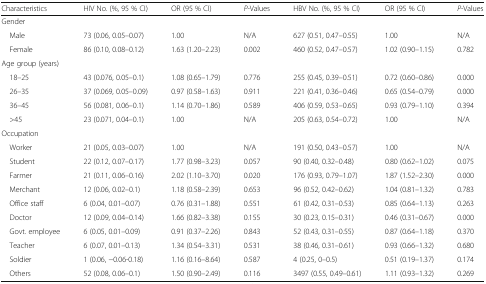
<table><thead><tr><td><b>Characteristics</b></td><td><b>HIV No. (%, 95 % CI)</b></td><td><b>OR (95 % CI)</b></td><td><b><i>P</i>-Values</b></td><td><b>HBV No. (%, 95 % CI)</b></td><td><b>OR (95 % CI)</b></td><td><b><i>P</i>-Values</b></td></tr></thead><tbody><tr><td colspan="7">Gender</td></tr><tr><td> Male</td><td>73 (0.06, 0.05–0.07)</td><td>1.00</td><td>N/A</td><td>627 (0.51, 0.47–0.55)</td><td>1.00</td><td>N/A</td></tr><tr><td> Female</td><td>86 (0.10, 0.08–0.12)</td><td>1.63 (1.20–2.23)</td><td>0.002</td><td>460 (0.52, 0.47–0.57)</td><td>1.02 (0.90–1.15)</td><td>0.782</td></tr><tr><td colspan="7">Age group (years)</td></tr><tr><td> 18–25</td><td>43 (0.076, 0.05–0.1)</td><td>1.08 (0.65–1.79)</td><td>0.776</td><td>255 (0.45, 0.39–0.51)</td><td>0.72 (0.60–0.86)</td><td>0.000</td></tr><tr><td> 26–35</td><td>37 (0.069, 0.05–0.09)</td><td>0.97 (0.58–1.63)</td><td>0.911</td><td>221 (0.41, 0.36–0.46)</td><td>0.65 (0.54–0.79)</td><td>0.000</td></tr><tr><td> 36–45</td><td>56 (0.081, 0.06–0.1)</td><td>1.14 (0.70–1.86)</td><td>0.589</td><td>406 (0.59, 0.53–0.65)</td><td>0.93 (0.79–1.10)</td><td>0.394</td></tr><tr><td> &gt;45</td><td>23 (0.071, 0.04–0.1)</td><td>1.00</td><td>N/A</td><td>205 (0.63, 0.54–0.72)</td><td>1.00</td><td>N/A</td></tr><tr><td colspan="7">Occupation</td></tr><tr><td> Worker</td><td>21 (0.05, 0.03–0.07)</td><td>1.00</td><td>N/A</td><td>191 (0.50, 0.43–0.57)</td><td>1.00</td><td>N/A</td></tr><tr><td> Student</td><td>22 (0.12, 0.07–0.17)</td><td>1.77 (0.98–3.23)</td><td>0.057</td><td>90 (0.40, 0.32–0.48)</td><td>0.80 (0.62–1.02)</td><td>0.075</td></tr><tr><td> Farmer</td><td>21 (0.11, 0.06–0.16)</td><td>2.02 (1.10–3.70)</td><td>0.020</td><td>176 (0.93, 0.79–1.07)</td><td>1.87 (1.52–2.30)</td><td>0.000</td></tr><tr><td> Merchant</td><td>12 (0.06, 0.02–0.1)</td><td>1.18 (0.58–2.39)</td><td>0.653</td><td>96 (0.52, 0.42–0.62)</td><td>1.04 (0.81–1.32)</td><td>0.783</td></tr><tr><td> Office staff</td><td>6 (0.04, 0.01–0.07)</td><td>0.76 (0.31–1.88)</td><td>0.551</td><td>61 (0.42, 0.31–0.53)</td><td>0.85 (0.64–1.13)</td><td>0.263</td></tr><tr><td> Doctor</td><td>12 (0.09, 0.04–0.14)</td><td>1.66 (0.82–3.38)</td><td>0.155</td><td>30 (0.23, 0.15–0.31)</td><td>0.46 (0.31–0.67)</td><td>0.000</td></tr><tr><td> Govt. employee</td><td>6 (0.05, 0.01–0.09)</td><td>0.91 (0.37–2.26)</td><td>0.843</td><td>52 (0.43, 0.31–0.55)</td><td>0.87 (0.64–1.18)</td><td>0.370</td></tr><tr><td> Teacher</td><td>6 (0.07, 0.01–0.13)</td><td>1.34 (0.54–3.31)</td><td>0.531</td><td>38 (0.46, 0.31–0.61)</td><td>0.93 (0.66–1.32)</td><td>0.680</td></tr><tr><td> Soldier</td><td>1 (0.06, −0.06-0.18)</td><td>1.16 (0.16–8.64)</td><td>0.587</td><td>4 (0.25, 0–0.5)</td><td>0.51 (0.19–1.37)</td><td>0.174</td></tr><tr><td> Others</td><td>52 (0.08, 0.06–0.1)</td><td>1.50 (0.90–2.49)</td><td>0.116</td><td>3497 (0.55, 0.49–0.61)</td><td>1.11 (0.93–1.32)</td><td>0.269</td></tr></tbody></table>